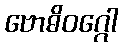
ဗောဓိဝဂ္ဂေါ